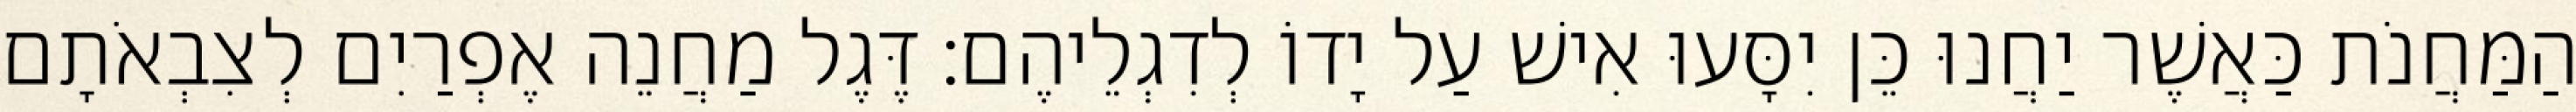
הַמַּחֲנֹת כַּאֲשֶׁר יַחֲנוּ כֵּן יִסָּעוּ אִישׁ עַל יָדוֹ לְדִגְלֵיהֶם׃ דֶּגֶל מַחֲנֵה אֶפְרַיִם לְצִבְאֹתָם